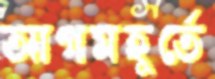
আগমহূর্তে